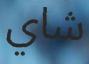
شاي